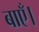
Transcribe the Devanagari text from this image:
बाएँ।